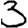
Digit: 3